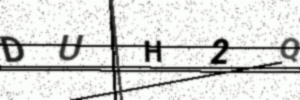
Text: DUH2Q